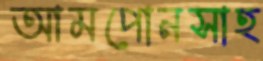
আমপোনসাহ